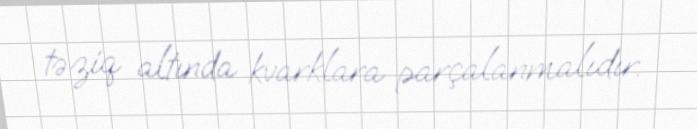
təziq altında kvarklara parçalanmalıdır.